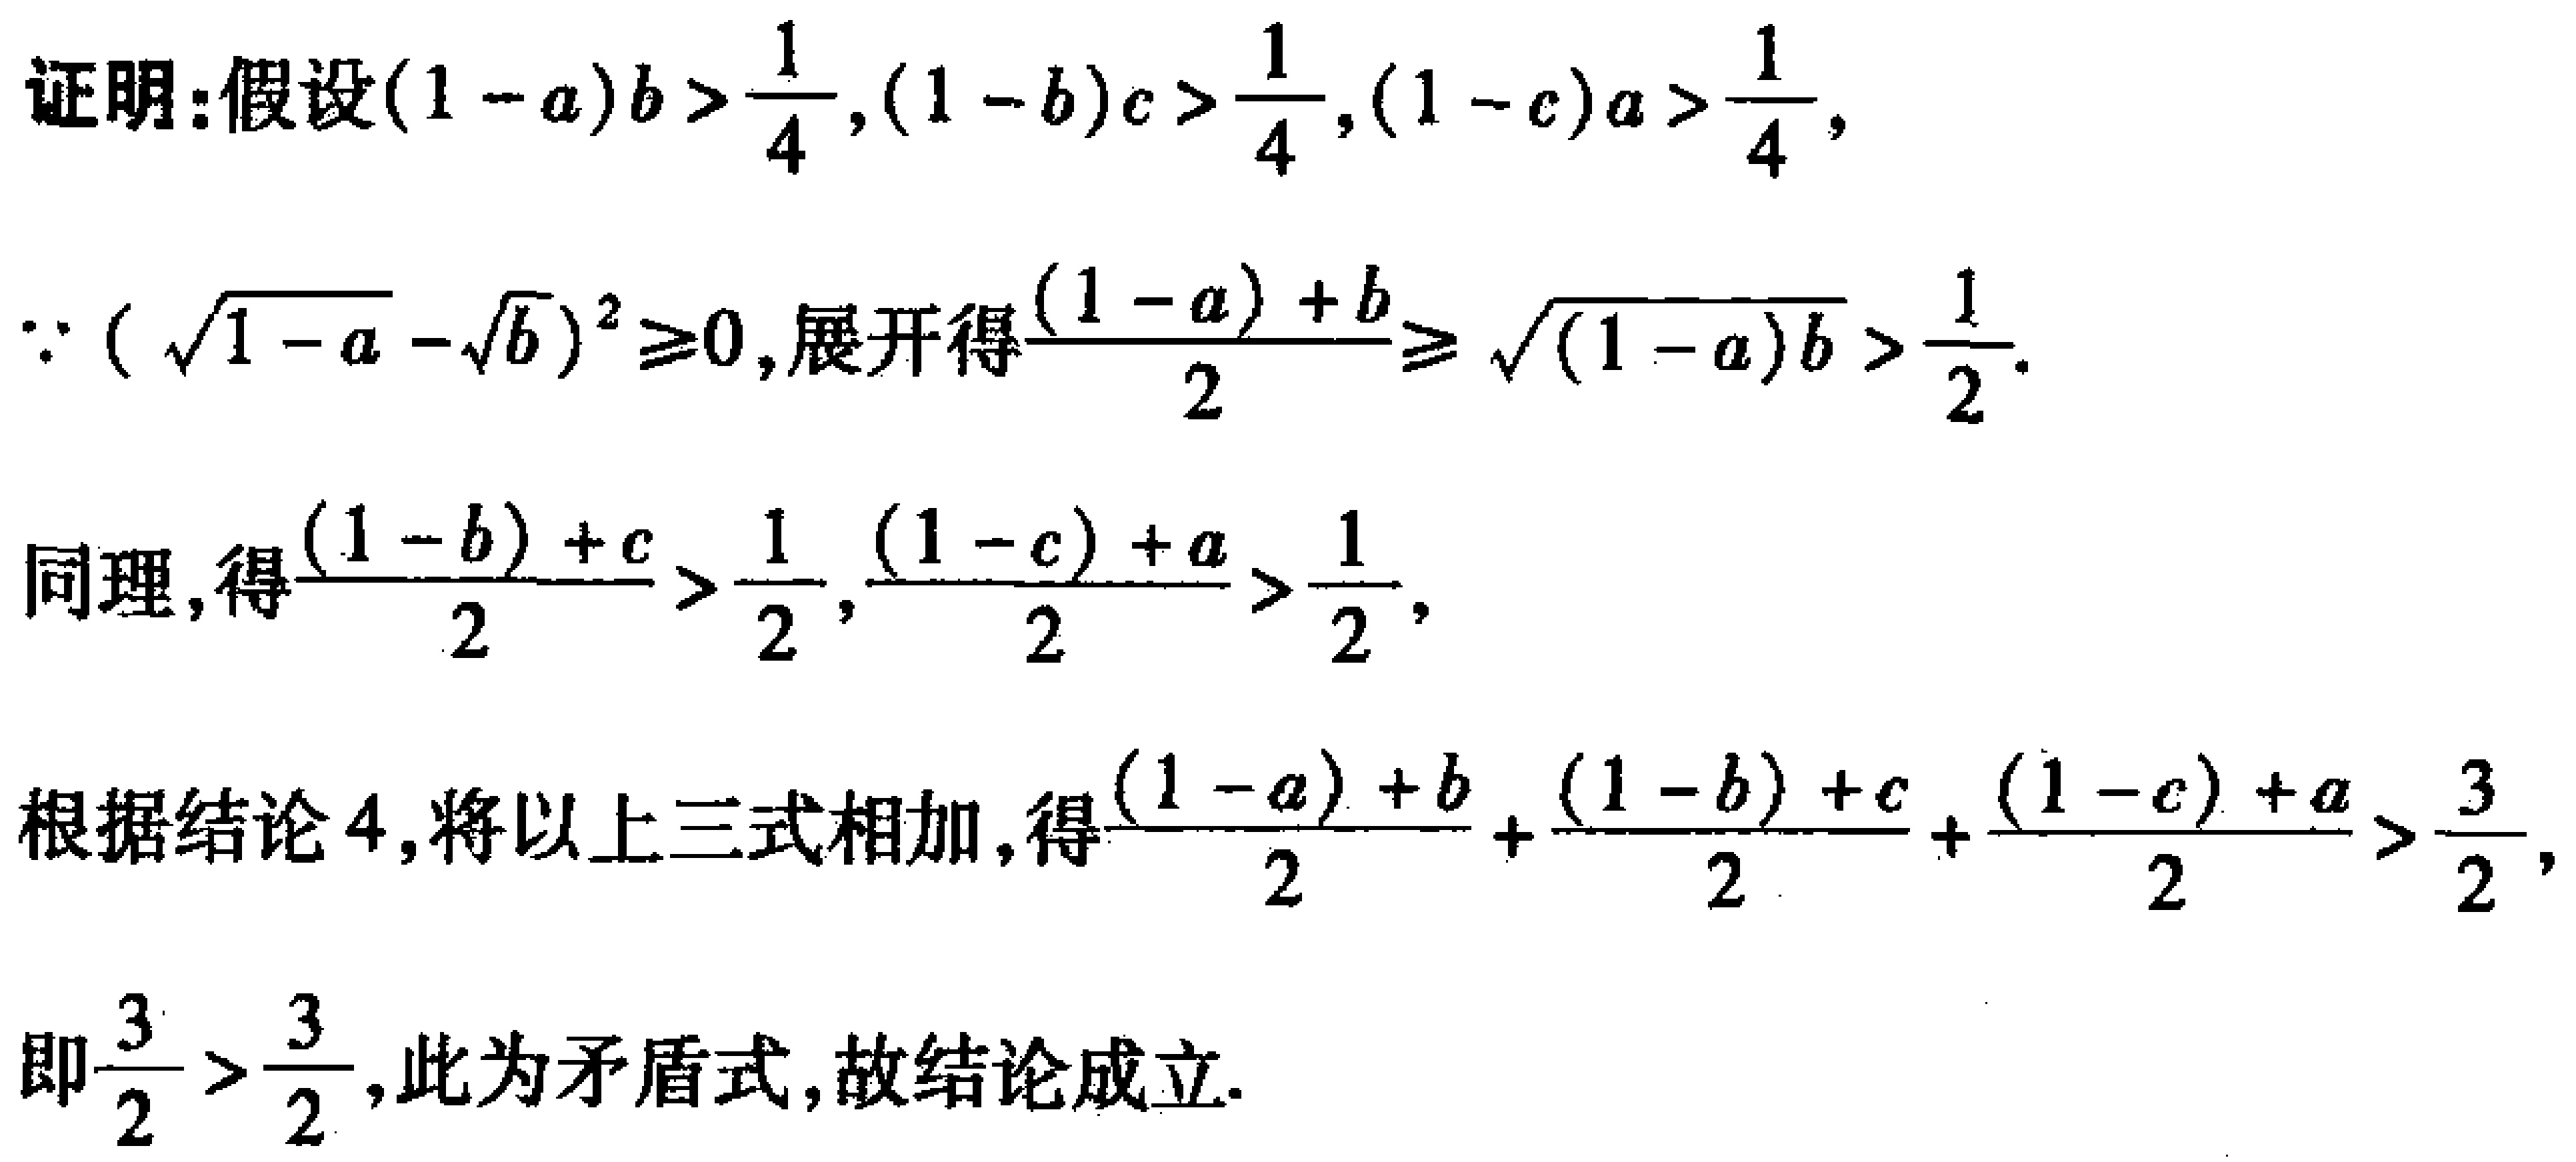
证明：假设\((1 - a)b > \frac{1}{4},(1 - b)c > \frac{1}{4},(1 - c)a > \frac{1}{4}\)，

\(\because (\sqrt{1 - a} - \sqrt{b})^2 \geq 0\)，展开得\(\frac{(1 - a) + b}{2} \geq \sqrt{(1 - a)b} > \frac{1}{2}\)。

同理，得\(\frac{(1 - b) + c}{2} > \frac{1}{2},\frac{(1 - c) + a}{2} > \frac{1}{2}\)，

根据结论4，将以上三式相加，得\(\frac{(1 - a) + b}{2} + \frac{(1 - b) + c}{2} + \frac{(1 - c) + a}{2} > \frac{3}{2}\)，

即\(\frac{3}{2} > \frac{3}{2}\)，此为矛盾式，故结论成立。